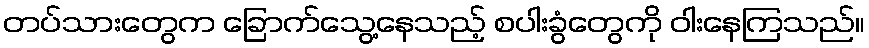
တပ်သားတွေက ခြောက်သွေ့နေသည့် စပါးခွံတွေကို ဝါးနေကြသည်။